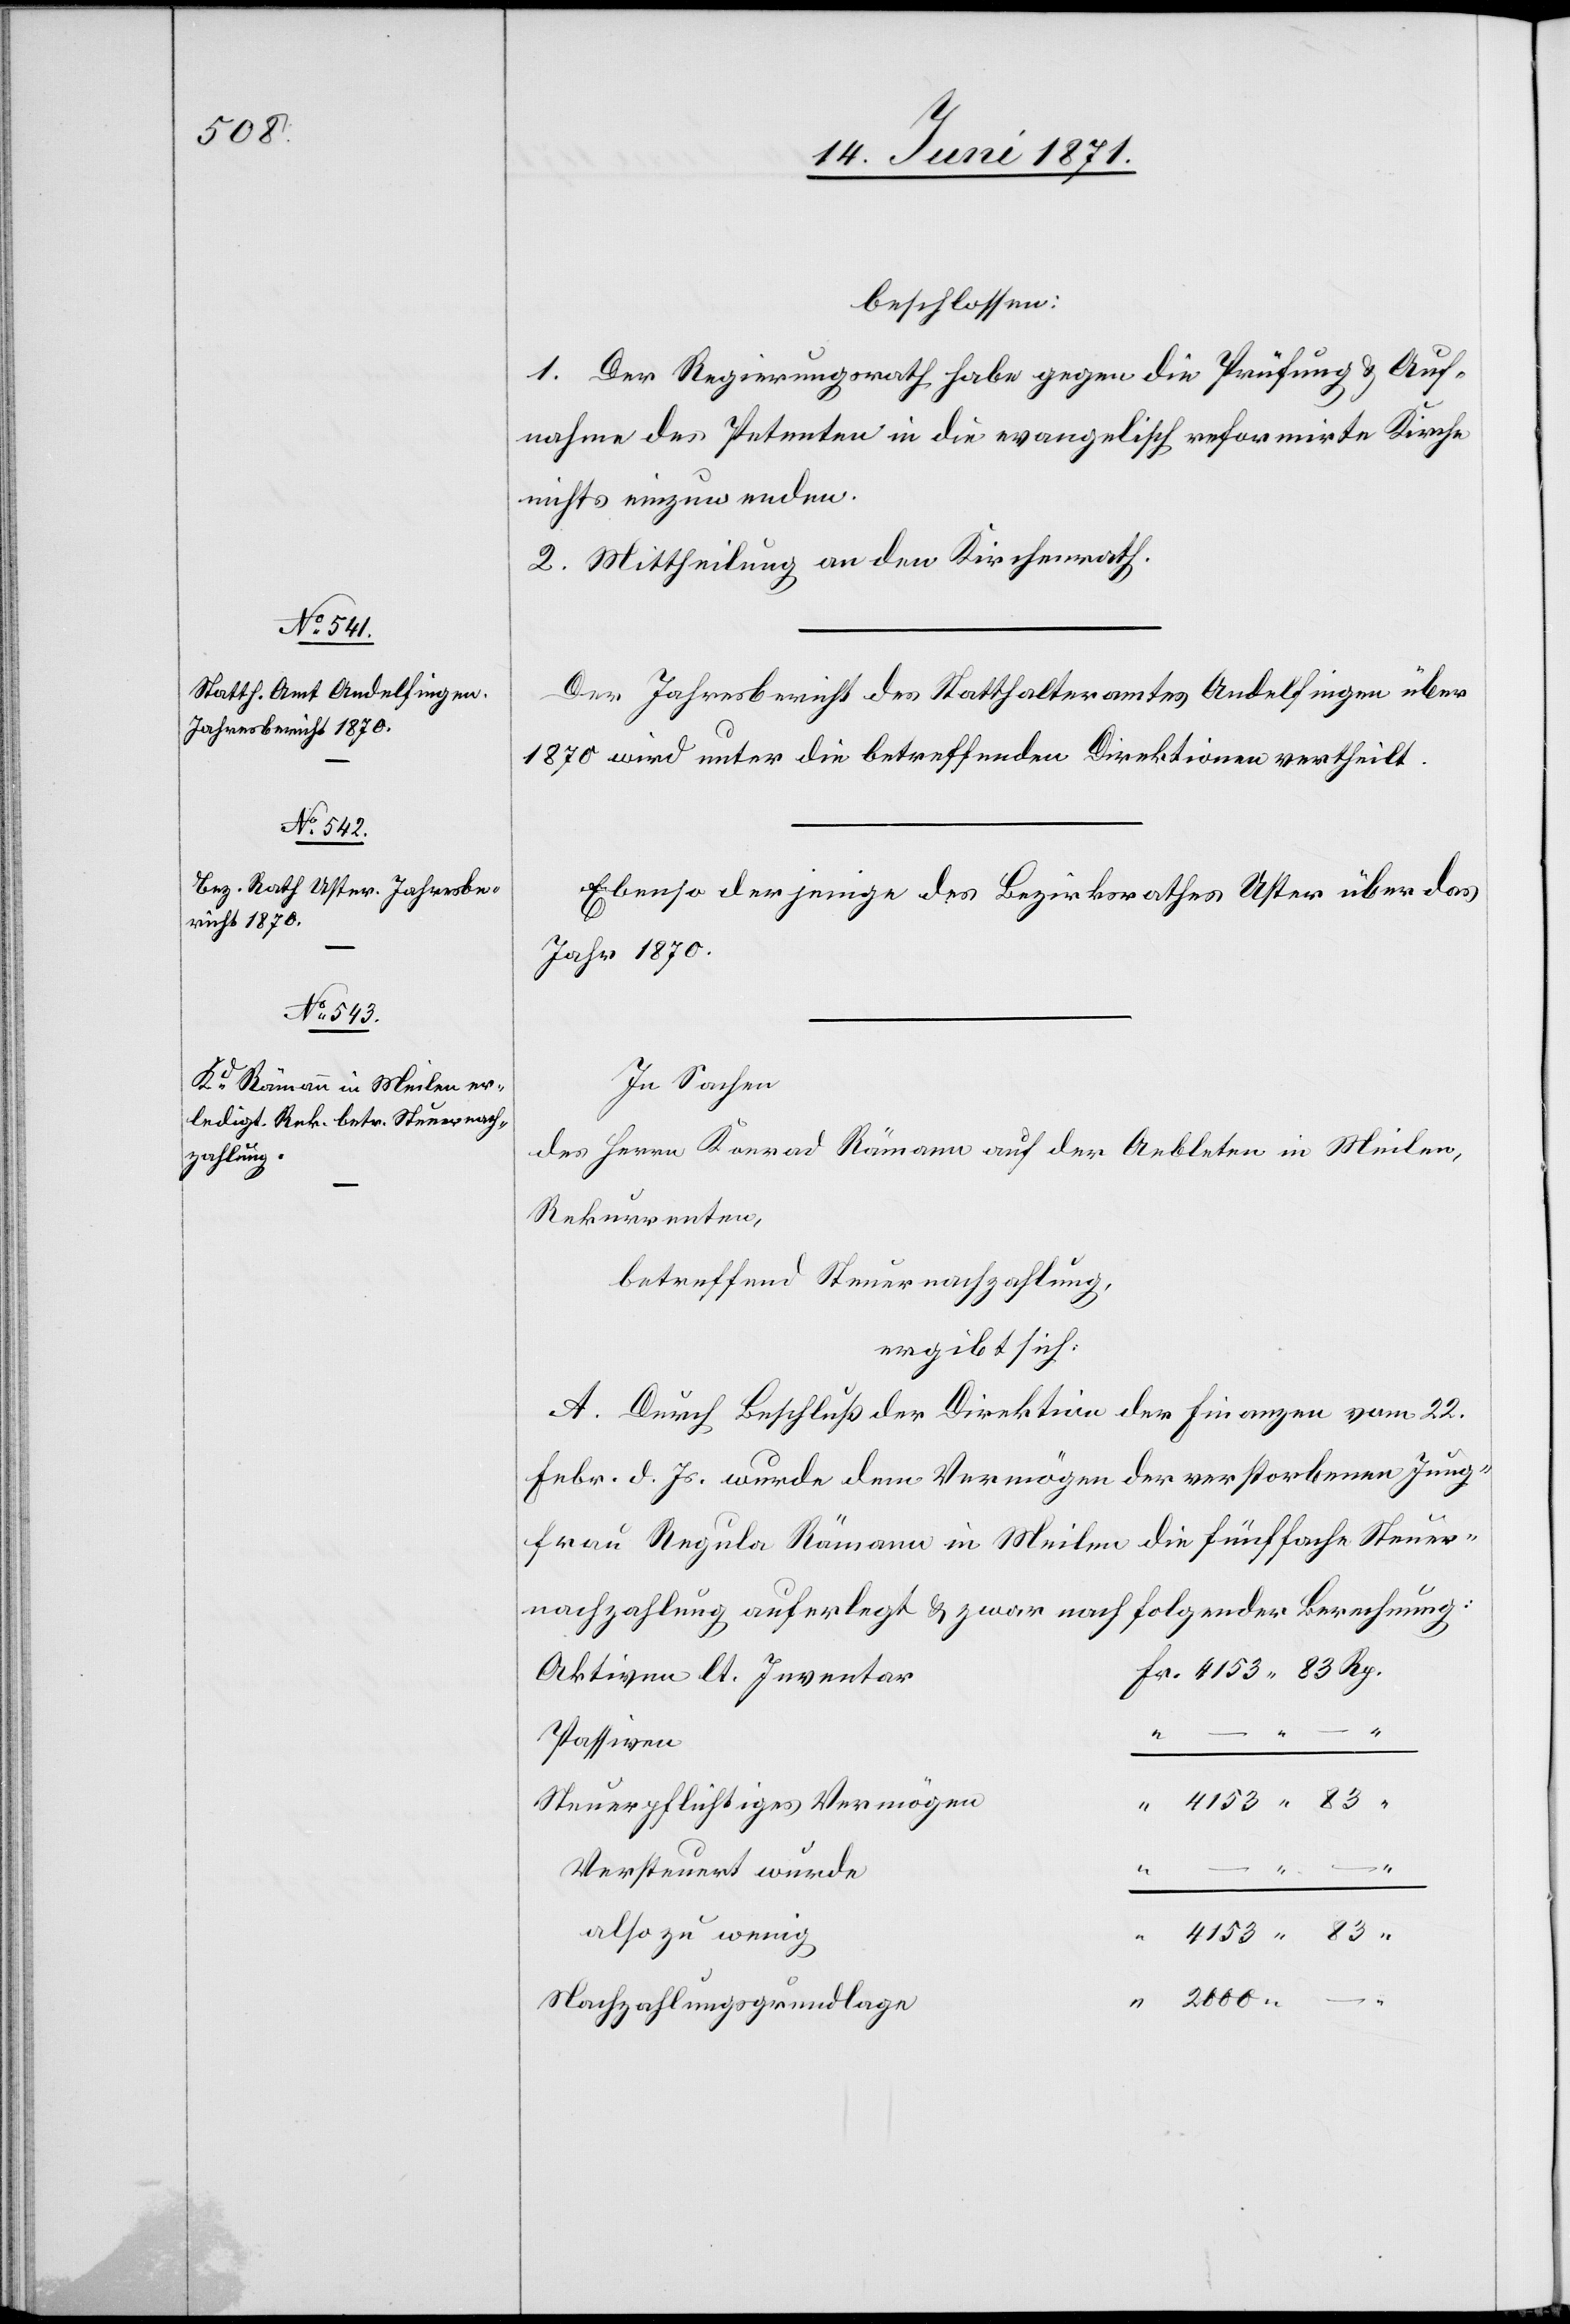
4153.

beschlossen:
1. Der Regierungsrath habe gegen die Prüfung u. Auf¬
nahme des Petenten in die evangelisch reformirte Kirche
nichts einzuwenden.
2. Mittheilung an den Kirchenrath.
Der Jahresbericht des Statthalteramtes Andelfingen über
1870 wird unter die betreffenden Direktion vertheilt.
Ebenso derjenige des Bezirksrathes Uster über das
Jahr 1870.
In Sachen
des Herrn Konrad Rämann auf der Aebleten in Meilen,
Rekurrenten,
betreffend Steuernachzahlung,
ergibt sich:
A. Durch Beschluß der Direktion der Finanzen vom 22.
Febr. d. Js. wurde dem Vermögen der verstorbenen Jung¬
frau Regula Rämann in Meilen die fünffache Steuer¬
nachzahlung auferlegt u. zwar nach folgender Berechnung:
Aktiven lt. Inventar
Passiven
–
Steuerpflichtiges Vermögen
Versteuert wurde
–
also zu wenig
83
Nachzahlungsgrundlage